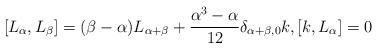
LaTeX: \begin{align*}[L_{\alpha},L_{\beta}]=(\beta-\alpha)L_{\alpha+\beta}+\frac{\alpha^{3}-\alpha}{12}\delta_{\alpha+\beta,0}k, [k,L_{\alpha}]=0\end{align*}